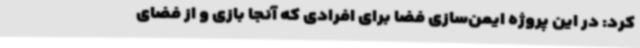
کرد: در این پروژه ایمن‌سازی فضا برای افرادی که آنجا بازی و از فضای